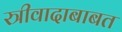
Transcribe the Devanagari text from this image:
स्त्रीवादाबाबत